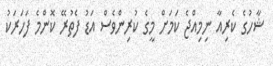
ޝާހުގެ ކެރިއާ ނިމިއްޖެ ކަމަށް މީގެ ކުރިންވެސް އަޑު ފެތުރޭ ކޮންމެ ފަހަރަކު